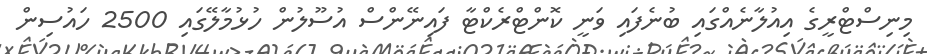
މިނިސްޓްރީގެ އިއުލާނެއްގައި ބުނެފައި ވަނީ ކޮންޓްރެކްޓާ ފައިނޭންސް އުސޫލުން ހުޅުމާލޭގައި 2500 ހައުސިން